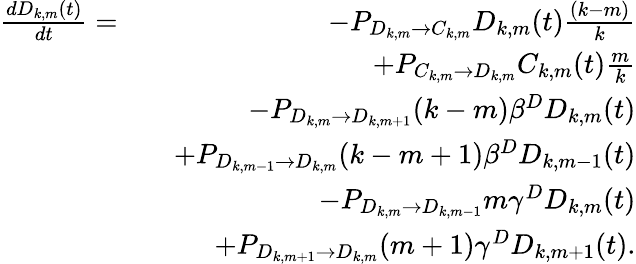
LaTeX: \begin{array}{rlr}{\frac{dD_{k,m}(t)}{dt}=}&{}&{-P_{D_{k,m}\rightarrow C_{k,m}}D_{k,m}(t)\frac{(k-m)}{k}}\\ &{}&{+P_{C_{k,m}\rightarrow D_{k,m}}C_{k,m}(t)\frac{m}{k}}\\ &{}&{-P_{D_{k,m}\rightarrow D_{k,m+1}}(k-m)\beta^{D}D_{k,m}(t)}\\ &{}&{+P_{D_{k,m-1}\rightarrow D_{k,m}}(k-m+1)\beta^{D}D_{k,m-1}(t)}\\ &{}&{-P_{D_{k,m}\rightarrow D_{k,m-1}}m\gamma^{D}D_{k,m}(t)}\\ &{}&{+P_{D_{k,m+1}\rightarrow D_{k,m}}(m+1)\gamma^{D}D_{k,m+1}(t).}\end{array}